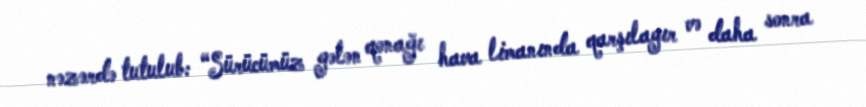
nəzərdə tutulub: “Sürücümüz gələn qonağı hava limanında qarşılayır və daha sonra